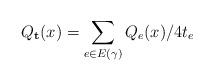
LaTeX: \begin{align*} Q_{\mathbf{t}}(x) = \sum_{e \in E(\gamma)} Q_e(x)/4t_e\end{align*}